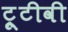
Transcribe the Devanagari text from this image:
ट्रूटीवी